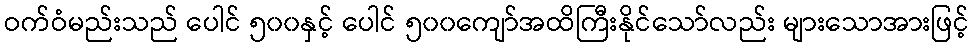
ဝက်ဝံမည်းသည် ပေါင် ၅၀၀နှင့် ပေါင် ၅၀၀ကျော်အထိကြီးနိုင်သော်လည်း များသောအားဖြင့်